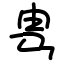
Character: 㽕